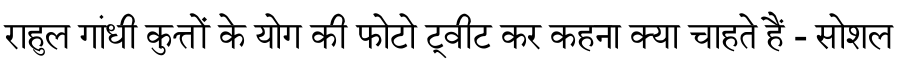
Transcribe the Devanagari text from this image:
राहुल गांधी कुत्तों के योग की फोटो ट्वीट कर कहना क्या चाहते हैं - सोशल